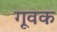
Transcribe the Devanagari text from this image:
गूवक